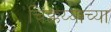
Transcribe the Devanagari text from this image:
चिक्कय्याच्या